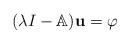
LaTeX: \begin{align*}(\lambda I - \mathbb{A}){\bf u}=\varphi\end{align*}